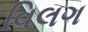
વિલગ